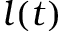
l ( t )